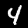
Label: 4